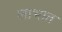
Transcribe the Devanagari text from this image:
लाभात